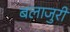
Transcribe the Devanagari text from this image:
बलाजुरी